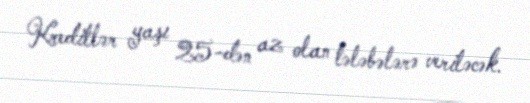
Kreditlər yaşı 25-dən az olan tələbələrə veriləcək.